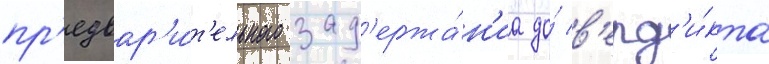
пр'едвар'и́т'ельного зад'ержа́н'иа до́ в'ерд'и́кта